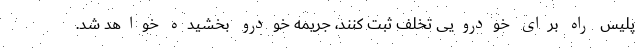
پلیس راه برای خودرویی تخلف ثبت کنند، جریمه خودرو بخشیده خواهد شد.